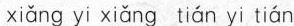
xiǎng yi xiǎng tián yi tián